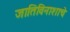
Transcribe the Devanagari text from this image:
जातिविनाशाचे